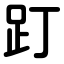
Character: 䟓